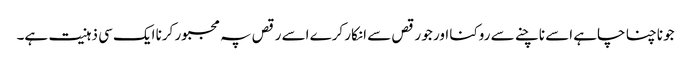
جو ناچنا چاہے اسے ناچنے سے روکنا اور جو رقص سے انکار کرے اسے رقص پہ مجبور کرنا ایک سی ذہنیت ہے۔